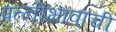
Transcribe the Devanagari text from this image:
पत्नीभावाची